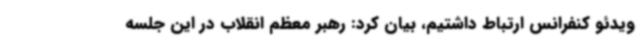
ویدئو کنفرانس ارتباط داشتیم، بیان کرد: رهبر معظم انقلاب در این جلسه